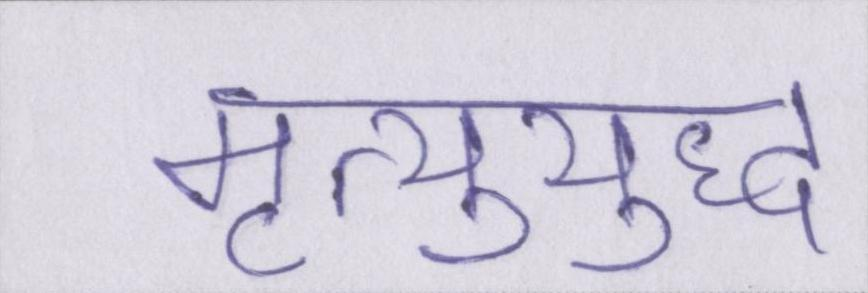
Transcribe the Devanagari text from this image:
मृत्युयुद्ध